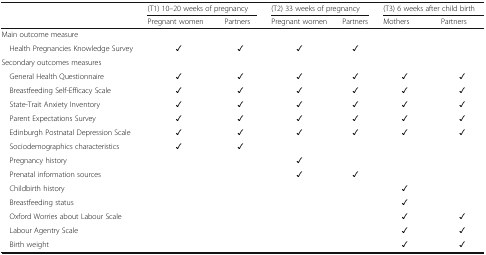
<table><thead><tr><td rowspan="2"></td><td colspan="2"><b>(T1) 10–20 weeks of pregnancy</b></td><td colspan="2"><b>(T2) 33 weeks of pregnancy</b></td><td colspan="2"><b>(T3) 6 weeks after child birth</b></td></tr><tr><td><b>Pregnant women</b></td><td><b>Partners</b></td><td><b>Pregnant women</b></td><td><b>Partners</b></td><td><b>Mothers</b></td><td><b>Partners</b></td></tr></thead><tbody><tr><td colspan="7">Main outcome measure</td></tr><tr><td> Health Pregnancies Knowledge Survey</td><td>✓</td><td>✓</td><td>✓</td><td>✓</td><td></td><td></td></tr><tr><td colspan="7">Secondary outcomes measures</td></tr><tr><td> General Health Questionnaire</td><td>✓</td><td>✓</td><td>✓</td><td>✓</td><td>✓</td><td>✓</td></tr><tr><td> Breastfeeding Self-Efficacy Scale</td><td>✓</td><td>✓</td><td>✓</td><td>✓</td><td>✓</td><td>✓</td></tr><tr><td> State-Trait Anxiety Inventory</td><td>✓</td><td>✓</td><td>✓</td><td>✓</td><td>✓</td><td>✓</td></tr><tr><td> Parent Expectations Survey</td><td>✓</td><td>✓</td><td>✓</td><td>✓</td><td>✓</td><td>✓</td></tr><tr><td> Edinburgh Postnatal Depression Scale</td><td>✓</td><td>✓</td><td>✓</td><td>✓</td><td>✓</td><td>✓</td></tr><tr><td> Sociodemographics characteristics</td><td>✓</td><td>✓</td><td></td><td></td><td></td><td></td></tr><tr><td> Pregnancy history</td><td></td><td></td><td>✓</td><td></td><td></td><td></td></tr><tr><td> Prenatal information sources</td><td></td><td></td><td>✓</td><td>✓</td><td></td><td></td></tr><tr><td> Childbirth history</td><td></td><td></td><td></td><td></td><td>✓</td><td></td></tr><tr><td> Breastfeeding status</td><td></td><td></td><td></td><td></td><td>✓</td><td></td></tr><tr><td> Oxford Worries about Labour Scale</td><td></td><td></td><td></td><td></td><td>✓</td><td>✓</td></tr><tr><td> Labour Agentry Scale</td><td></td><td></td><td></td><td></td><td>✓</td><td>✓</td></tr><tr><td> Birth weight</td><td></td><td></td><td></td><td></td><td>✓</td><td>✓</td></tr></tbody></table>